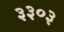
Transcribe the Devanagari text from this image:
३३०३